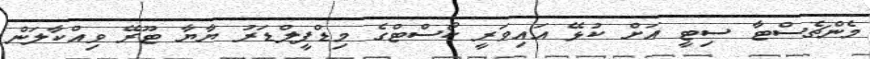
މެންޗެސްޓާ ސިޓީ އަށް ކުޅޭ އައިވަރީ ކޯސްޓްގެ މިޑްފީލްޑަރު ޔާޔާ ޓޫރޭ ވިއްކާލަން